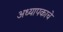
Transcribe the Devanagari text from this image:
अध्यापकाचे